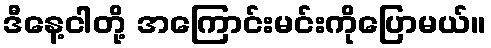
ဒီနေ့ငါတို့ အကြောင်းမင်းကိုပြောမယ်။